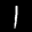
Label: 1